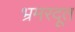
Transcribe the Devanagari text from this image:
भ्रमरदूत